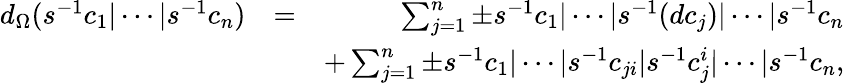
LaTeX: \begin{array}{rlr}{d_{\Omega}(s^{-1}c_{1}\vert\cdots\vert s^{-1}c_{n})}&{=}&{\sum_{j=1}^{n}\pm s^{-1}c_{1}\vert\cdots\vert s^{-1}(dc_{j})\vert\cdots\vert s^{-1}c_{n}}\\ &{}&{+\sum_{j=1}^{n}\pm s^{-1}c_{1}\vert\cdots\vert s^{-1}c_{ji}\vert s^{-1}c_{j}^{i}\vert\cdots\vert s^{-1}c_{n},}\end{array}